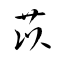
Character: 苡